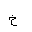
Letter: _kha